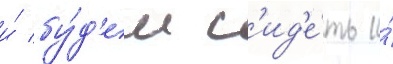
и́ бу́д'ем с'ид'е́ть и́